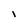
Character: l